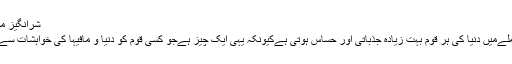
شرانگیز مواد کی اشاعت
مذہب کےمعاملےمیں دنیا کی ہر قوم بہت زیادہ جذباتی اور حساس ہوتی ہےکیونکہ یہی ایک چیز ہےجو کسی قوم کو دنیا و مافیہا کی خواہشات سےآزاد کرتی ہی۔